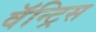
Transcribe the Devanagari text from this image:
वॅन्ट्रिस